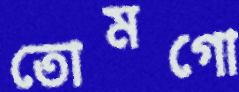
তোমগো